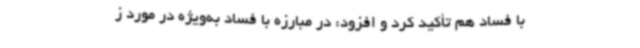
با فساد هم تأکید کرد و افزود: در مبارزه با فساد به‌ویژه در مورد ز